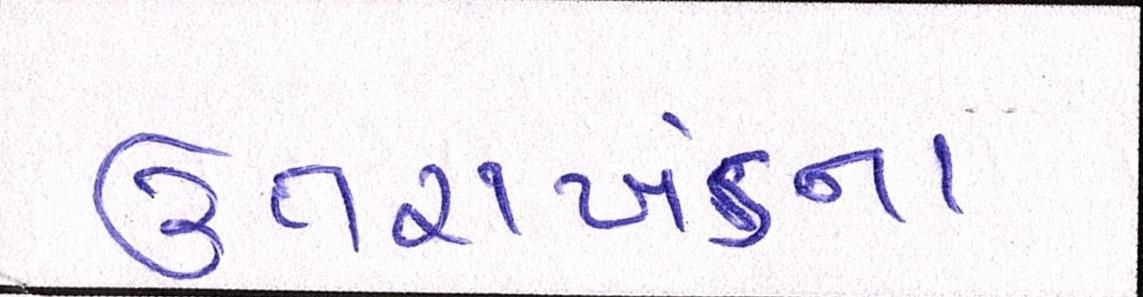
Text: ઉત્તરાખંડના